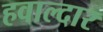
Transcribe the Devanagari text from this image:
हवाल्दार